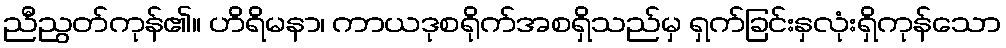
ညီညွတ်ကုန်၏။ ဟိရိမနာ၊ ကာယဒုစရိုက်အစရှိသည်မှ ရှက်ခြင်းနှလုံးရှိကုန်သော